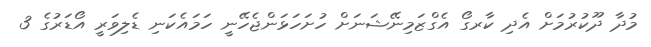
މުދާ ދޫކުރުމަށް އެދި ކާރގޯ އެގްޒަމިނޭޝަނަށް ހުށަހަޅަންޖެހޭނީ ހަމައެކަނި ޑެލިވަރީ އޯޑަރުގެ 3